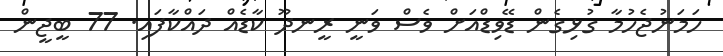
ހަމަނުޖެހުމާ ގުޅިގެން ޑޭވިޑްއަށް ވެސް ވަނީ ރީނދޫ ކާޑެއް ދައްކާފައި. 77 ބީޖީން